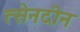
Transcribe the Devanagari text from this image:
त्सेनदीन